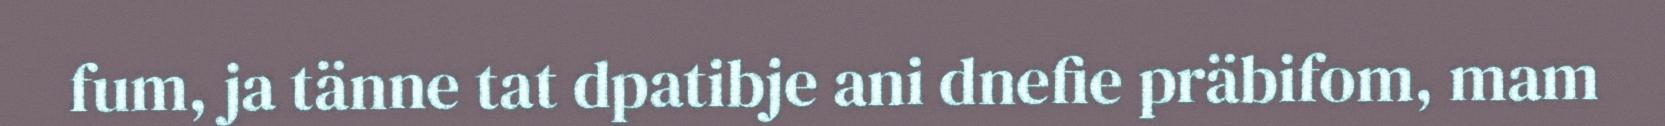
fum, ja tänne tat dpatibje ani dnefie präbifom, mam